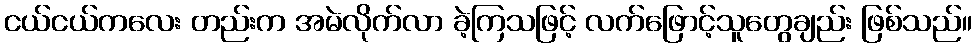
ငယ်ငယ်ကလေး တည်းက အမဲလိုက်လာ ခဲ့ကြသဖြင့် လက်ဖြောင့်သူတွေချည်း ဖြစ်သည်။